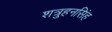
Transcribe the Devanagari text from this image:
शत्रुहनसिंह